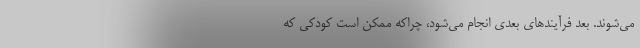
می‌شوند. بعد فرآیندهای بعدی انجام می‌شود، چراکه ممکن است کودکی که